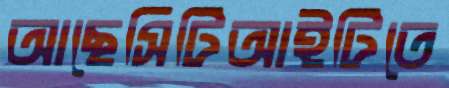
আছেসিটিআইটিতে